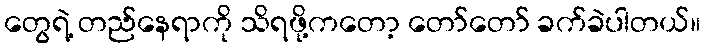
တွေရဲ့ တည်နေရာကို သိရဖို့ကတော့ တော်တော် ခက်ခဲပါတယ်။